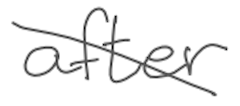
Text: after
Cross-out: diagonal
Writing tool: digital_gray